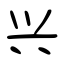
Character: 兴